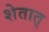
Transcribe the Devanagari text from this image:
शेतात्